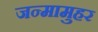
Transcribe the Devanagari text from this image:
जन्मामुहर